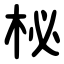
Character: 柲